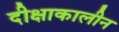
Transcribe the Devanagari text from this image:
दीक्षाकालीन